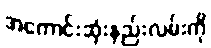
အကောင်းဆုံးနည်းလမ်းကို